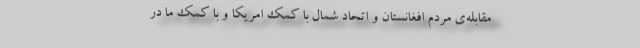
مقابله‌ی مردم افغانستان و اتحاد شمال با کمک امریکا و با کمک ما در